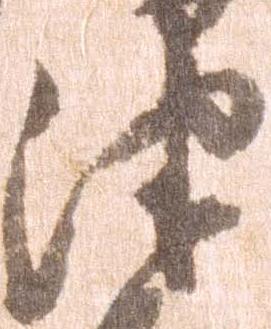
津